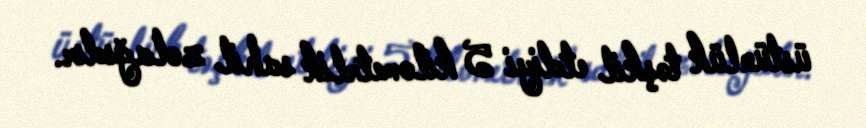
üstünlük təşkil etdiyi 5 kilometrlik sahil zolağıdır.